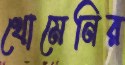
খোমেনির